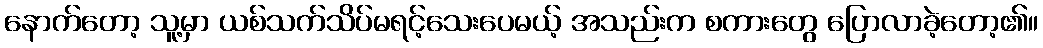
နောက်တော့ သူ့မှာ ယစ်သက်သိပ်မရင့်သေးပေမယ့် အသည်းက စကားတွေ ပြောလာခဲ့တော့၏။